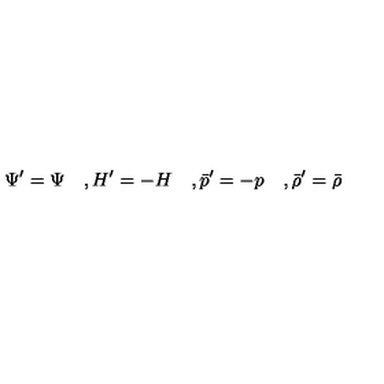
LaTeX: \Psi ^ { \prime } = \Psi \quad , H ^ { \prime } = - H \quad , { \bar { p } ^ { \prime } } = - p \quad , { \bar { \rho } ^ { \prime } } = { \bar { \rho } }